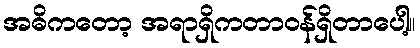
အဓိကတော့ အရာရှိကတာဝန်ရှိတာပေါ့။